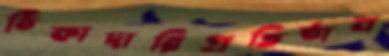
ঠিকাদারিপ্রতিষ্ঠান